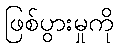
ဖြစ်ပွားမှုကို